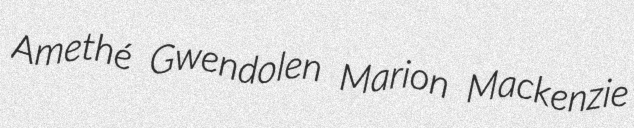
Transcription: Amethé Gwendolen Marion Mackenzie